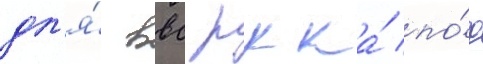
дл'я́ ввс ркка́ по́д